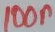
Text: 100n